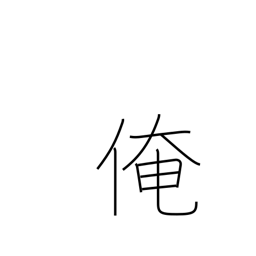
Meaning: myself